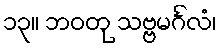
၁၃။ ဘဝတု သဗ္ဗမင်္ဂလံ၊